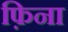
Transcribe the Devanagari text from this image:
फ़िना